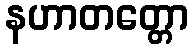
နဟာတတ္တော